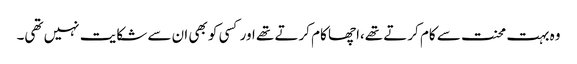
وہ بہت محنت سے کام کرتے تھے،اچھا کام کرتے تھے اور کسی کو بھی ان سے شکایت نہیں تھی۔